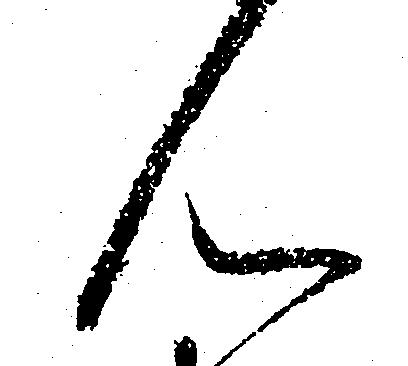
ん